Report of the Imperial Institute of Veterinary Research, Muktesar
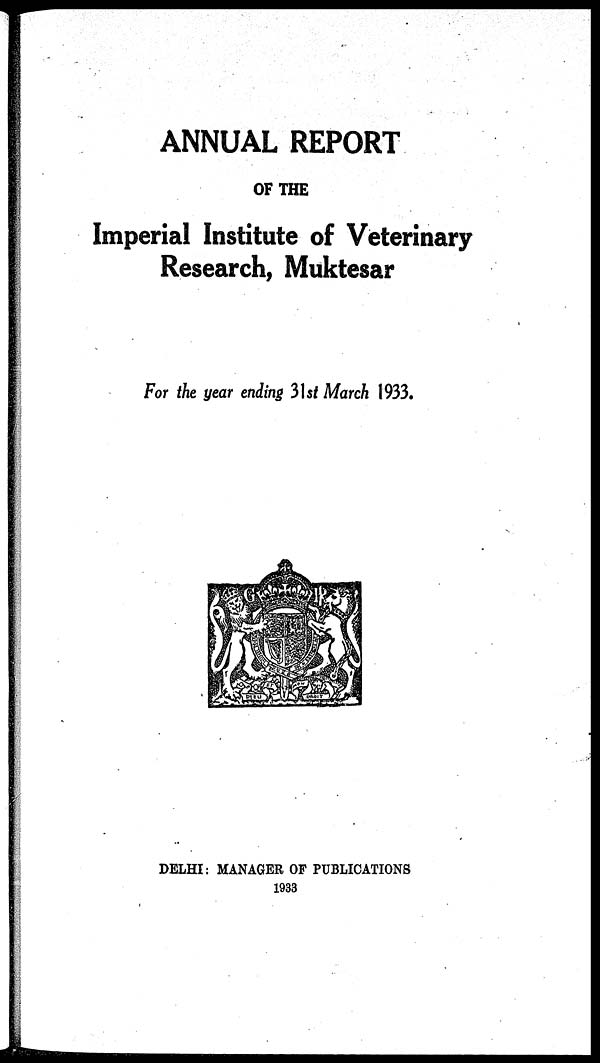
ANNUAL REPORT
OF THE
Imperial Institute of Veterinary
Research, Muktesar
For the year ending 31st March 1933.
DELHI: MANAGER OF PUBLICATIONS
1933